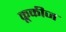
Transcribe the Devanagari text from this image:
कूकीज